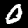
Label: 0